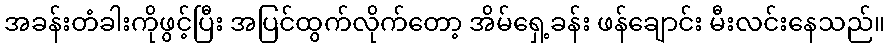
အခန်းတံခါးကိုဖွင့်ပြီး အပြင်ထွက်လိုက်တော့ အိမ်ရှေ့ခန်း ဖန်ချောင်း မီးလင်းနေသည်။